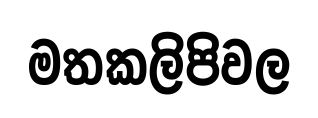
මතකලිපිවල